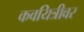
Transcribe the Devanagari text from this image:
कवयित्रीवर